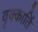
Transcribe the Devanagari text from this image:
वृक्कार्ति